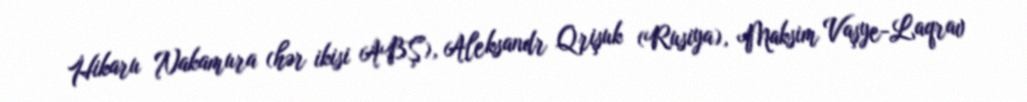
Hikaru Nakamura (hər ikisi ABŞ), Aleksandr Qrişuk (Rusiya), Maksim Vaşye-Laqrav